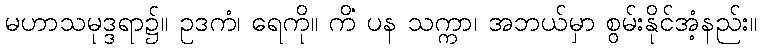
မဟာသမုဒ္ဒရာ၌။ ဥဒကံ၊ ရေကို။ ကိံ ပန သက္ကာ၊ အဘယ်မှာ စွမ်းနိုင်အံ့နည်း။